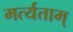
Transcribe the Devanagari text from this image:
मर्त्यताम्